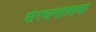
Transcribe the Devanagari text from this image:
सँरचनात्मक